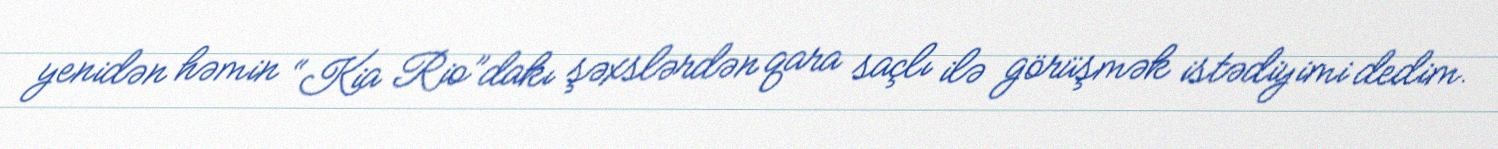
yenidən həmin “Kia Rio”dakı şəxslərdən qara saçlı ilə görüşmək istədiyimi dedim.